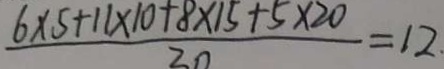
\frac { 6 \times 5 + 1 1 \times 1 0 + 8 \times 1 5 + 5 \times 2 0 } { 3 0 } = 1 2